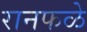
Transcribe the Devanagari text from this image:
रानफळे